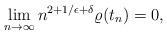
LaTeX: \begin{align*}\lim_{n\to\infty}n^{2+1/\epsilon+\delta}\varrho(t_n)=0,\end{align*}